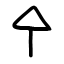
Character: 㐃